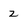
Character: 2